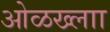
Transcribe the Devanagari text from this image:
ओळख्लाा